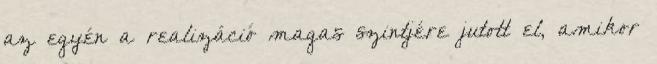
az egyén a realizáció magas szintjére jutott el, amikor